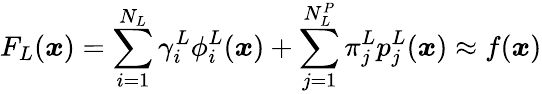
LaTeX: F_{L}(\boldsymbol{x})=\sum_{i=1}^{N_{L}}\gamma_{i}^{L}\phi_{i}^{L}(\boldsymbol{x})+\sum_{j=1}^{N_{L}^{P}}\pi_{j}^{L}p_{j}^{L}(\boldsymbol{x})\approx f(\boldsymbol{x})